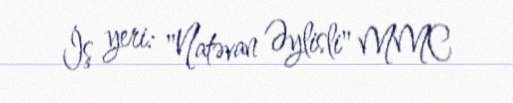
İş yeri: "Natəvan Əylisli" MMC